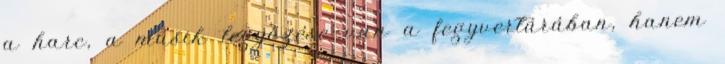
a harc, a másik legyőzése van a fegyvertárában, hanem